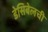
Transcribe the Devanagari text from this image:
डेसिबेलची